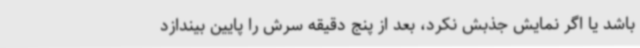
باشد یا اگر نمایش جذبش نکرد، بعد از پنج دقیقه سرش را پایین بیندازد